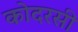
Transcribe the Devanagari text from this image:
कोदरसी